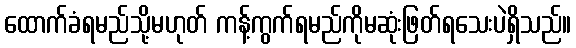
ထောက်ခံရမည်သို့မဟုတ် ကန့်ကွက်ရမည်ကိုမဆုံးဖြတ်ရသေးပဲရှိသည်။